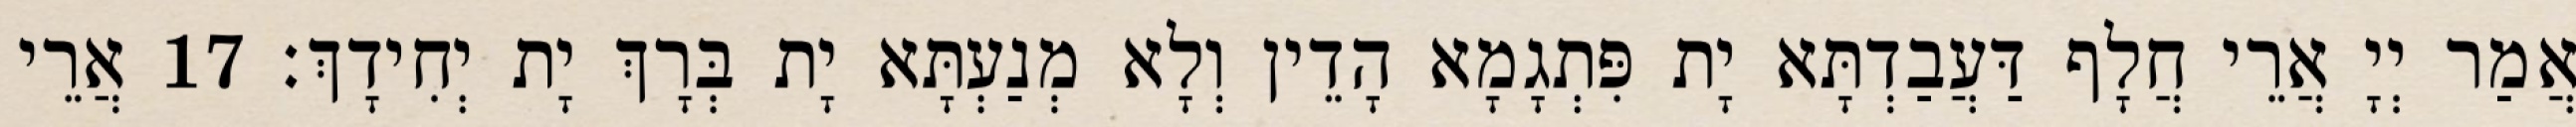
אֲמַר יְיָ אֲרֵי חֲלָף דַּעֲבַדְתָּא יָת פִּתְגָמָא הָדֵין וְלָא מְנַעְתָּא יָת בְּרָךְ יָת יְחִידָךְ׃ 17 אֲרֵי